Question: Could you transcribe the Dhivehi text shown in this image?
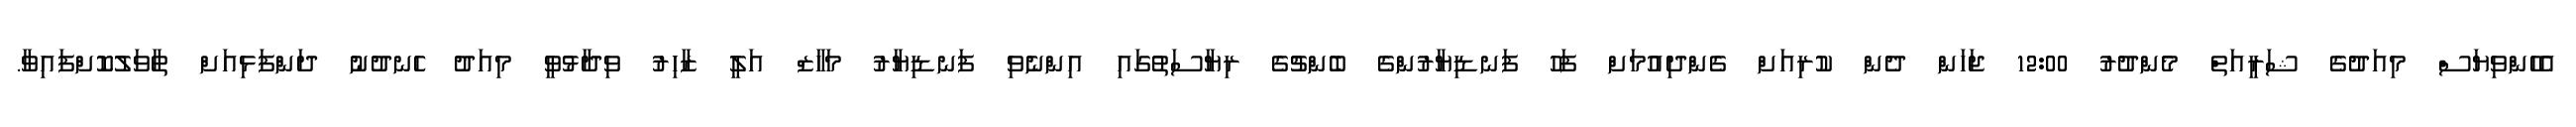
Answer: އެހެންވިޔަސް މިއަދުގެ ޝަރީއަތް މެންދުރު 12:00 ޖަހަން ދެން ކުރިއަށް ގެންދިއުމަށް ފަހު ފަނޑިޔާރުންގެ ބެންޗުގެ ރިޔާސަތުގައި އިންނެވި ފަނޑިޔާރު މަހާޒް އަލީ ޒާހިރު ވިދާޅުވީ މިއަދު ހެނދުނު ދަންފަޅިއަށް ތާވަލުކޮށްފައިވާ.